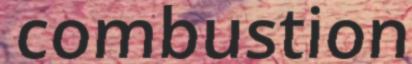
combustion